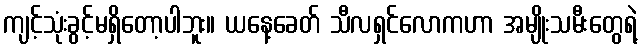
ကျင့်သုံးခွင့်မရှိတော့ပါဘူး။ ယနေ့ခေတ် သီလရှင်လောကဟာ အမျိုးသမီးတွေရဲ့